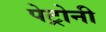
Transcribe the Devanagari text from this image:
पेट्रोनी